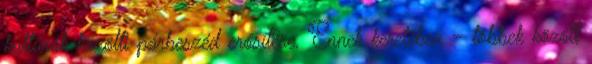
kultúrák közötti párbeszéd erősítése. Ennek keretében – többek között